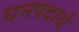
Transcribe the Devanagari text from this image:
घनपदार्थ